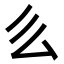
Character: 𠂓